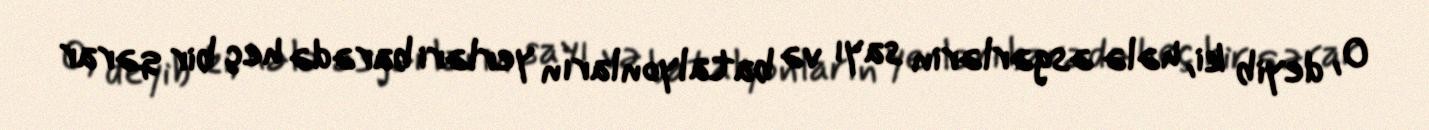
O, deyib ki, hələ əsgərlərin sayı və batalyonların yerləri barədə heç bir qərar